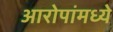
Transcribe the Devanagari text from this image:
आरोपांमध्ये